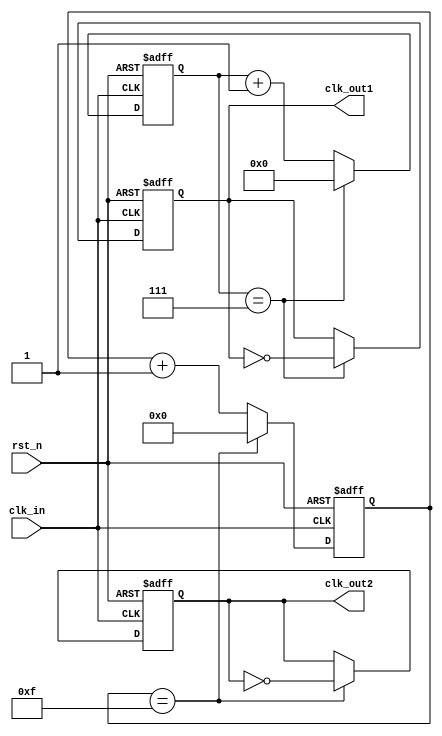
module dual_modulus_clock_divider (
    input wire clk_in,
    input wire rst_n,
    output reg clk_out1,
    output reg clk_out2
);

reg [3:0] count1;
reg [4:0] count2;

always @(posedge clk_in or negedge rst_n) begin
    if (~rst_n) begin
        count1 <= 4'b0000;
        count2 <= 5'b00000;
        clk_out1 <= 1'b0;
        clk_out2 <= 1'b0;
    end else begin
        if (count1 == 4'd7) begin
            count1 <= 4'b0000;
            clk_out1 <= ~clk_out1;
        end else begin
            count1 <= count1 + 1;
        end
        
        if (count2 == 5'd15) begin
            count2 <= 5'b00000;
            clk_out2 <= ~clk_out2;
        end else begin
            count2 <= count2 + 1;
        end
    end
end

endmodule